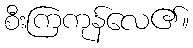
စီးကြကုန်လေ၏။